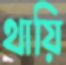
থায়ি